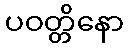
ပဝတ္တိနော